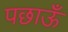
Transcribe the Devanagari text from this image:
पछाऊँ